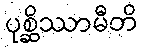
ပုစ္ဆိဿာမီတိ